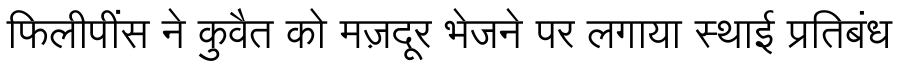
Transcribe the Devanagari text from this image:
फिलीपींस ने कुवैत को मज़दूर भेजने पर लगाया स्थाई प्रतिबंध